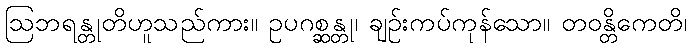
ဩဘရန္တုတိဟူသည်ကား။ ဥပဂစ္ဆန္တု၊ ချဉ်းကပ်ကုန်သော။ တဝန္တိကေတိ၊